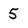
Character: 5